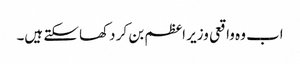
اب وہ واقعی وزیر اعظم بن کر دکھا سکتے ہیں۔